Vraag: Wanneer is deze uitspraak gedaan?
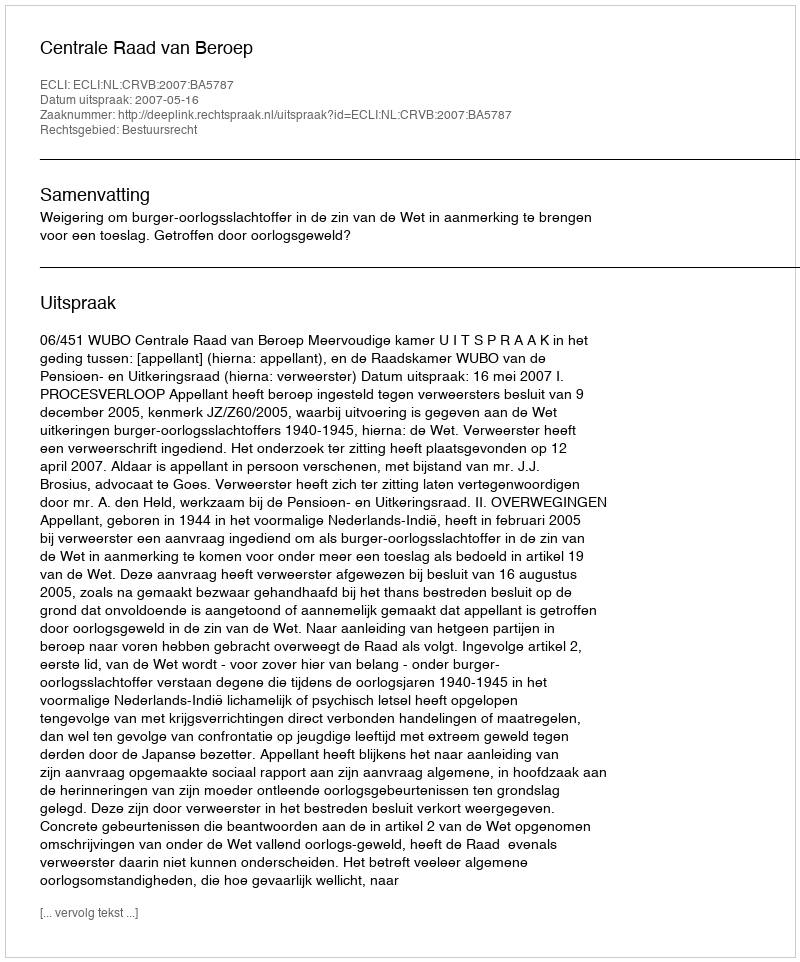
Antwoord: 2007-05-16